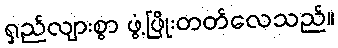
ရှည်လျားစွာ ဖွံ့ဖြိုးတတ်လေသည်။